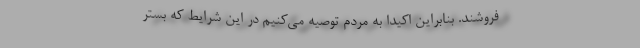
فروشند. بنابراین اکیدا به مردم توصیه می‌کنیم در این شرایط که بستر